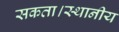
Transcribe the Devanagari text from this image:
सकता।स्थानीय